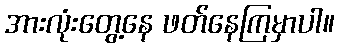
အားလုံးတွေ့နေ ဖတ်နေကြမှာပါ။